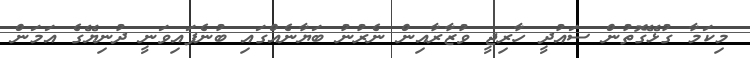
މިކަމާ ގުޅޭގޮތުން ސައުދީ ހާރިޖީ ވުޒާރާއިން ނެރުނު ބަޔާނެއްގައި ބުނެފައިވަނީ ދުނިޔޭގެ އަމަން